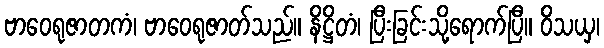
ဗာဝေရုဇာတကံ၊ ဗာဝေရုဇာတ်သည်။ နိဋ္ဌိတံ၊ ပြီးခြင်းသို့ရောက်ပြီ။ ဝိသယှ၊